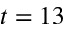
t = 1 3